Scottish Leaving Certificate Examination, 1960
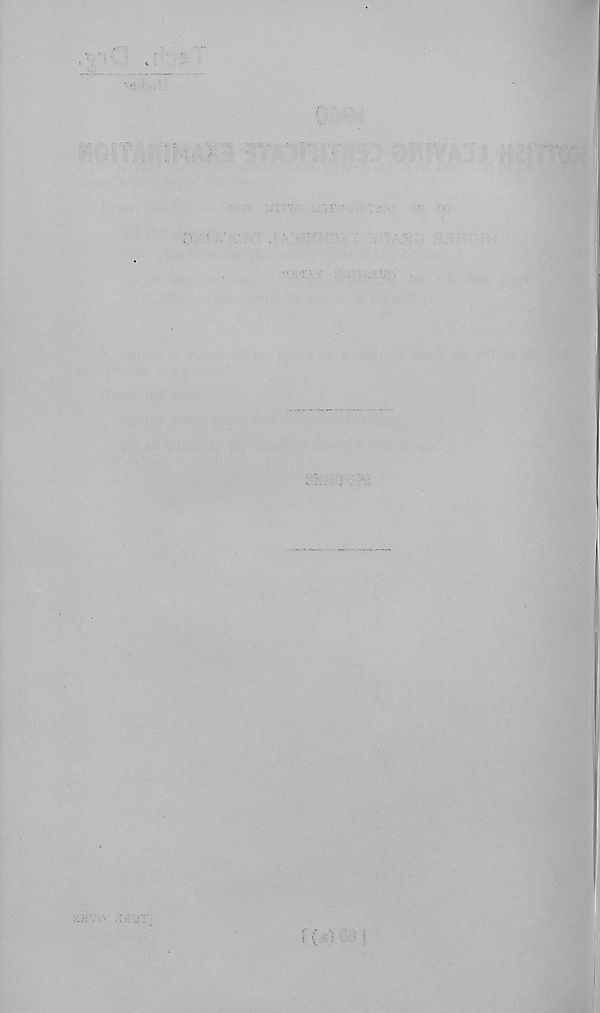
v
r
;:\l■, ;' /v , ■ >, • • ; • r,- : ; • • ■ - • • - - ••• r., /